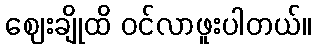
ဈေးချိုထိ ဝင်လာဖူးပါတယ်။